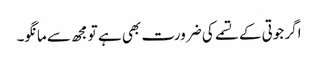
اگر جوتی کے تسمے کی ضرورت بھی ہے تو مجھ سے مانگو۔